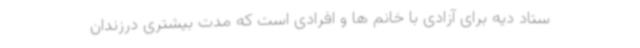
ستاد دیه برای آزادی با خانم ها و افرادی است که مدت بیشتری درزندان